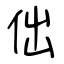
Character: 㑁